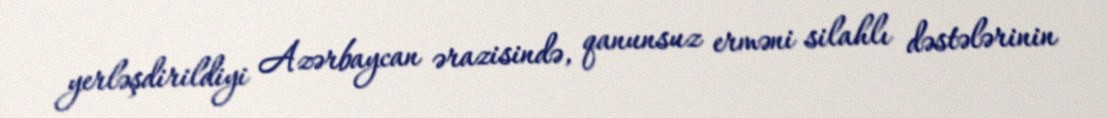
yerləşdirildiyi Azərbaycan ərazisində, qanunsuz erməni silahlı dəstələrinin